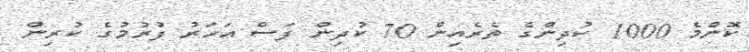
ކޮންމެ 1000 ކުދިންގެ ތެރެއިން 70 ކުދިން ފަސް އަހަރު ފުރުމުގެ ކުރިން